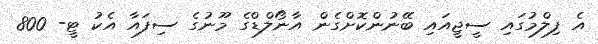
އެ ފިލްމުގައި ސީޖީއައި ބޭނުންކޮށްގެން އާނޯލްޑްގެ މޫނުގެ ސިފައާ އެކު ޓީ- 800